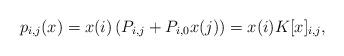
LaTeX: \begin{align*}p_{i,j}(x) = x(i) \left(P_{i,j} + P_{i,0} x(j)\right) = x(i) K[x]_{i,j},\end{align*}